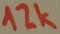
Text: 12k